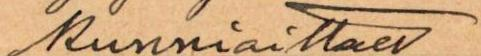
Kunnioittaen